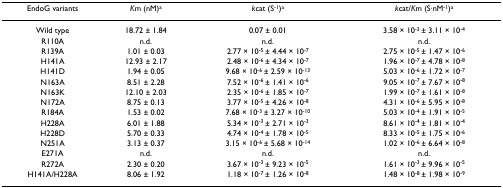
<table><thead><tr><td><b>EndoG variants</b></td><td><b><i>K</i>m (nM)<sup>a</sup></b></td><td><b><i>k</i>cat (S<sup>-1</sup>)<sup>a</sup></b></td><td><b><i>k</i>cat/<i>K</i>m (S·nM<sup>-1</sup>)<sup>a</sup></b></td></tr></thead><tbody><tr><td>Wild type</td><td>18.72 ± 1.84</td><td>0.07 ± 0.01</td><td>3.58 × 10<sup>-3 </sup>± 3.11 × 10<sup>-4</sup></td></tr><tr><td>R110A</td><td>n.d.</td><td>n.d.</td><td>n.d.</td></tr><tr><td>R139A</td><td>1.01 ± 0.03</td><td>2.77 × 10<sup>-5 </sup>± 4.44 × 10<sup>-7</sup></td><td>2.75 × 10<sup>-5 </sup>± 1.47 × 10<sup>-6</sup></td></tr><tr><td>H141A</td><td>12.93 ± 2.17</td><td>2.48 × 10<sup>-6 </sup>± 4.34 × 10<sup>-7</sup></td><td>1.96 × 10<sup>-7 </sup>± 4.78 × 10<sup>-8</sup></td></tr><tr><td>H141D</td><td>1.94 ± 0.05</td><td>9.68 × 10<sup>-6 </sup>± 2.59 × 10<sup>-13</sup></td><td>5.03 × 10<sup>-6 </sup>± 1.72 × 10<sup>-7</sup></td></tr><tr><td>N163A</td><td>8.51 ± 2.28</td><td>7.52 × 10<sup>-6 </sup>± 1.41 × 10<sup>-6</sup></td><td>9.05 × 10<sup>-7 </sup>± 7.67 × 10<sup>-8</sup></td></tr><tr><td>N163K</td><td>12.10 ± 2.03</td><td>2.35 × 10<sup>-6 </sup>± 1.85 × 10<sup>-7</sup></td><td>1.99 × 10<sup>-7 </sup>± 1.61 × 10<sup>-8</sup></td></tr><tr><td>N172A</td><td>8.75 ± 0.13</td><td>3.77 × 10<sup>-5 </sup>± 4.26 × 10<sup>-8</sup></td><td>4.31 × 10<sup>-6 </sup>± 5.95 × 10<sup>-8</sup></td></tr><tr><td>R184A</td><td>1.53 ± 0.02</td><td>7.68 × 10<sup>-3 </sup>± 3.27 × 10<sup>-10</sup></td><td>5.03 × 10<sup>-4 </sup>± 1.91 × 10<sup>-5</sup></td></tr><tr><td>H228A</td><td>6.01 ± 1.88</td><td>5.34 × 10<sup>-3 </sup>± 2.71 × 10<sup>-3</sup></td><td>8.61 × 10<sup>-4 </sup>± 1.81 × 10<sup>-4</sup></td></tr><tr><td>H228D</td><td>5.70 ± 0.33</td><td>4.74 × 10<sup>-4 </sup>± 1.78 × 10<sup>-5</sup></td><td>8.33 × 10<sup>-5 </sup>± 1.75 × 10<sup>-6</sup></td></tr><tr><td>N251A</td><td>3.13 ± 0.37</td><td>3.15 × 10<sup>-6 </sup>± 5.68 × 10<sup>-14</sup></td><td>1.02 × 10<sup>-6 </sup>± 6.64 × 10<sup>-8</sup></td></tr><tr><td>E271A</td><td>n.d.</td><td>n.d.</td><td>n.d.</td></tr><tr><td>R272A</td><td>2.30 ± 0.20</td><td>3.67 × 10<sup>-3 </sup>± 9.23 × 10<sup>-5</sup></td><td>1.61 × 10<sup>-3 </sup>± 9.96 × 10<sup>-5</sup></td></tr><tr><td>H141A/H228A</td><td>8.06 ± 1.92</td><td>1.18 × 10<sup>-7 </sup>± 1.26 × 10<sup>-8</sup></td><td>1.48 × 10<sup>-8 </sup>± 1.98 × 10<sup>-9</sup></td></tr></tbody></table>